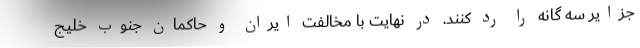
جزایر سه گانه را رد کنند. در نهایت با مخالفت ایران و حاکمان جنوب خلیج